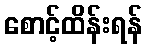
စောင့်ထိန်းရန်